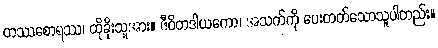
တဿစောရဿ၊ ထိုခိုးသူအား။ ဇီဝိတဒါယကော၊ အသက်ကို ပေးတတ်သောသူပါတည်း။